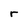
Character: r